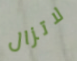
لاتزال